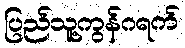
ပြည်သူ့ကွန်ဂရက်